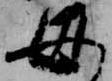
母